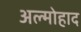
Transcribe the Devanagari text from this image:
अल्मोहाद